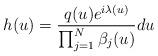
LaTeX: \begin{align*} h(u) = \frac{q(u) e^{i\lambda(u)}}{\prod_{j=1}^N \beta_j(u)} du\end{align*}